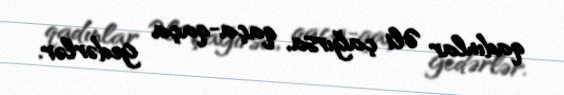
qadınlar Əli çağırsa, qaça-qaça gedərlər.